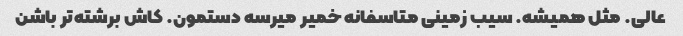
عالی. مثل همیشه. سیب زمینی متاسفانه خمیر میرسه دستمون. کاش برشته‌تر باشن